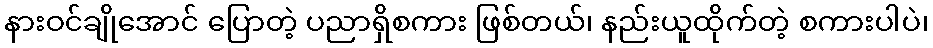
နားဝင်ချိုအောင် ပြောတဲ့ ပညာရှိစကား ဖြစ်တယ်၊ နည်းယူထိုက်တဲ့ စကားပါပဲ၊